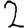
Digit: 2